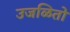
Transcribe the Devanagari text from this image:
उजळितो